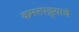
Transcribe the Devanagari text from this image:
कमरपट्ट्याचे